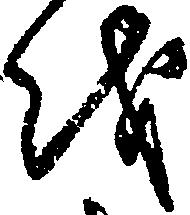
を